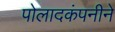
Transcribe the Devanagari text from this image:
पोलादकंपनीने